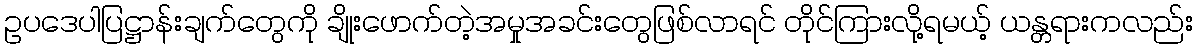
ဥပဒေပါပြဋ္ဌာန်းချက်တွေကို ချိုးဖောက်တဲ့အမှုအခင်းတွေဖြစ်လာရင် တိုင်ကြားလို့ရမယ့် ယန္တရားကလည်း